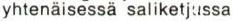
yhtenäisessä saliketjussa